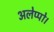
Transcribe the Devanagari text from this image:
अलेप्पो।